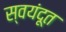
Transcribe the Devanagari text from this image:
स्वयंदूत